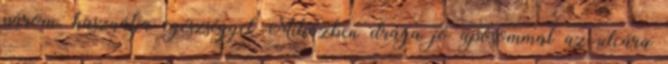
párom, használja egészséggel Miközben drága jó apósommal az utcára